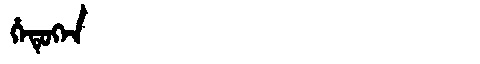
Manchu: ᡥᡝᡨᡠᡴᡝᠨ
Romanization: HETUKEN